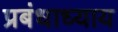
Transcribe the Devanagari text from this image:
प्रबंधाध्याय